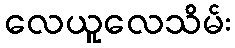
လေယူလေသိမ်း